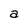
Character: a